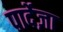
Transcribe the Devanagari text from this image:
पार्देज़ा